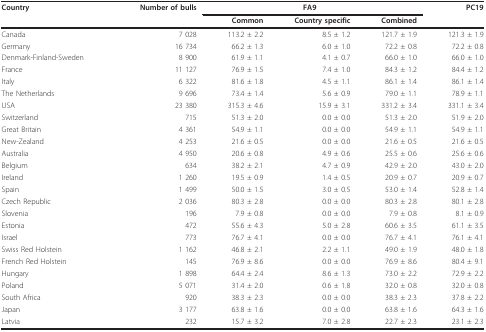
<table><thead><tr><td><b>Country</b></td><td><b>Number of bulls</b></td><td colspan="3"><b>FA9</b></td><td><b>PC19</b></td></tr><tr><td></td><td></td><td><b>Common</b></td><td><b>Country specific</b></td><td><b>Combined</b></td><td></td></tr></thead><tbody><tr><td>Canada</td><td>7 028</td><td>113.2 ± 2.2</td><td>8.5 ± 1.2</td><td>121.7 ± 1.9</td><td>121.3 ± 1.9</td></tr><tr><td>Germany</td><td>16 734</td><td>66.2 ± 1.3</td><td>6.0 ± 1.0</td><td>72.2 ± 0.8</td><td>72.2 ± 0.8</td></tr><tr><td>Denmark-Finland-Sweden</td><td>8 900</td><td>61.9 ± 1.1</td><td>4.1 ± 0.7</td><td>66.0 ± 1.0</td><td>66.0 ± 1.0</td></tr><tr><td>France</td><td>11 127</td><td>76.9 ± 1.5</td><td>7.4 ± 1.0</td><td>84.3 ± 1.2</td><td>84.4 ± 1.2</td></tr><tr><td>Italy</td><td>6 322</td><td>81.6 ± 1.8</td><td>4.5 ± 1.1</td><td>86.1 ± 1.4</td><td>86.1 ± 1.4</td></tr><tr><td>The Netherlands</td><td>9 696</td><td>73.4 ± 1.4</td><td>5.6 ± 0.9</td><td>79.0 ± 1.1</td><td>78.9 ± 1.1</td></tr><tr><td>USA</td><td>23 380</td><td>315.3 ± 4.6</td><td>15.9 ± 3.1</td><td>331.2 ± 3.4</td><td>331.1 ± 3.4</td></tr><tr><td>Switzerland</td><td>715</td><td>51.3 ± 2.0</td><td>0.0 ± 0.0</td><td>51.3 ± 2.0</td><td>51.9 ± 2.0</td></tr><tr><td>Great Britain</td><td>4 361</td><td>54.9 ± 1.1</td><td>0.0 ± 0.0</td><td>54.9 ± 1.1</td><td>54.9 ± 1.1</td></tr><tr><td>New-Zealand</td><td>4 253</td><td>21.6 ± 0.5</td><td>0.0 ± 0.0</td><td>21.6 ± 0.5</td><td>21.6 ± 0.5</td></tr><tr><td>Australia</td><td>4 950</td><td>20.6 ± 0.8</td><td>4.9 ± 0.6</td><td>25.5 ± 0.6</td><td>25.6 ± 0.6</td></tr><tr><td>Belgium</td><td>634</td><td>38.2 ± 2.1</td><td>4.7 ± 0.9</td><td>42.9 ± 2.0</td><td>43.0 ± 2.0</td></tr><tr><td>Ireland</td><td>1 260</td><td>19.5 ± 0.9</td><td>1.4 ± 0.5</td><td>20.9 ± 0.7</td><td>20.9 ± 0.7</td></tr><tr><td>Spain</td><td>1 499</td><td>50.0 ± 1.5</td><td>3.0 ± 0.5</td><td>53.0 ± 1.4</td><td>52.8 ± 1.4</td></tr><tr><td>Czech Republic</td><td>2 036</td><td>80.3 ± 2.8</td><td>0.0 ± 0.0</td><td>80.3 ± 2.8</td><td>80.1 ± 2.8</td></tr><tr><td>Slovenia</td><td>196</td><td>7.9 ± 0.8</td><td>0.0 ± 0.0</td><td>7.9 ± 0.8</td><td>8.1 ± 0.9</td></tr><tr><td>Estonia</td><td>472</td><td>55.6 ± 4.3</td><td>5.0 ± 2.8</td><td>60.6 ± 3.5</td><td>61.1 ± 3.5</td></tr><tr><td>Israel</td><td>773</td><td>76.7 ± 4.1</td><td>0.0 ± 0.0</td><td>76.7 ± 4.1</td><td>76.1 ± 4.1</td></tr><tr><td>Swiss Red Holstein</td><td>1 162</td><td>46.8 ± 2.1</td><td>2.2 ± 1.1</td><td>49.0 ± 1.9</td><td>48.0 ± 1.8</td></tr><tr><td>French Red Holstein</td><td>145</td><td>76.9 ± 8.6</td><td>0.0 ± 0.0</td><td>76.9 ± 8.6</td><td>80.4 ± 9.1</td></tr><tr><td>Hungary</td><td>1 898</td><td>64.4 ± 2.4</td><td>8.6 ± 1.3</td><td>73.0 ± 2.2</td><td>72.9 ± 2.2</td></tr><tr><td>Poland</td><td>5 071</td><td>31.4 ± 2.0</td><td>0.6 ± 1.8</td><td>32.0 ± 0.8</td><td>32.0 ± 0.8</td></tr><tr><td>South Africa</td><td>920</td><td>38.3 ± 2.3</td><td>0.0 ± 0.0</td><td>38.3 ± 2.3</td><td>37.8 ± 2.2</td></tr><tr><td>Japan</td><td>3 177</td><td>63.8 ± 1.6</td><td>0.0 ± 0.0</td><td>63.8 ± 1.6</td><td>64.3 ± 1.6</td></tr><tr><td>Latvia</td><td>232</td><td>15.7 ± 3.2</td><td>7.0 ± 2.8</td><td>22.7 ± 2.3</td><td>23.1 ± 2.3</td></tr></tbody></table>